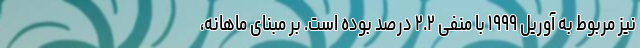
نیز مربوط به آوریل ۱۹۹۹ با منفی ۲.۲ درصد بوده است. بر مبنای ماهانه،